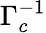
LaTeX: \Gamma_{c}^{-1}